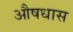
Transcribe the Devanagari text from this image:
औषधास